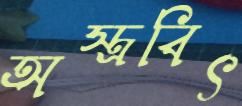
অস্ত্রবিৎ